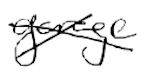
Text: garage
Cross-out: cross
Writing tool: digital_black